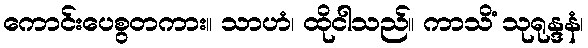
ကောင်းပေစွတကား။ သာဟံ၊ ထိုငါသည်။ ကာသိံ သုရုန္ဒနံ၊